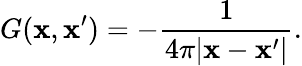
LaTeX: G(\mathbf{x},\mathbf{x}^{\prime})=-{\frac{{1}}{{4\pi|\mathbf{x}-\mathbf{x}^{\prime}|}}}.